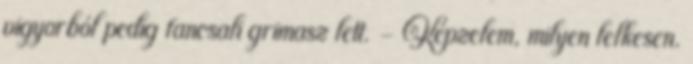
vigyorból pedig fancsali grimasz lett. - Képzelem, milyen lelkesen.